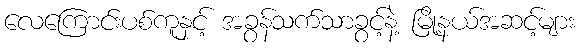
လေကြောင်းပစ်ကူနှင့် အခွန်သက်သာခွင့်နဲ့ မြို့နယ်အဆင့်များ